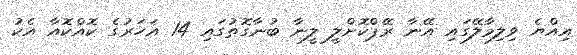
އިއްޔެ ވިލިމާލޭގައި އޭނާ ރޭޕްކޮށްލީ ލީނާ ބުނާގޮތުގައި 14 އަހަރުގެ ކޮއްކޮއާ އެކު